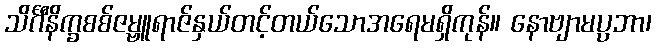
သိင်္ဂီနိက္ခစစ်ဇမ္ဗူရာဇ်နှယ်တင့်တယ်သောအရေမရှိကုန်။ နောဗျာမပ္ပဘာ၊